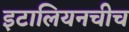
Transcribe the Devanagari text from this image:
इटालियनचीच